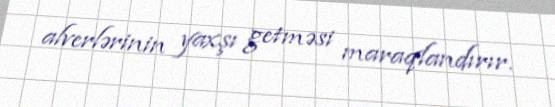
alverlərinin yaxşı getməsi maraqlandırır.